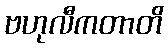
ဗဟုလီကတာတိ